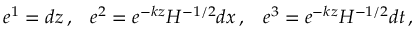
e ^ { 1 } = d z \, , \; \; \; e ^ { 2 } = e ^ { - k z } H ^ { - 1 / 2 } d x \, , \; \; \; e ^ { 3 } = e ^ { - k z } H ^ { - 1 / 2 } d t \, ,